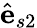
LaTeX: \hat{\textbf{e}}_{s2}